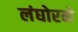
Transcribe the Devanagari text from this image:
लंघोरने